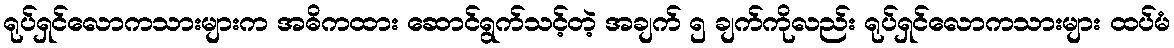
ရုပ်ရှင်လောကသားများက အဓိကထား ဆောင်ရွက်သင့်တဲ့ အချက် ၅ ချက်ကိုလည်း ရုပ်ရှင်လောကသားများ ထပ်မံ